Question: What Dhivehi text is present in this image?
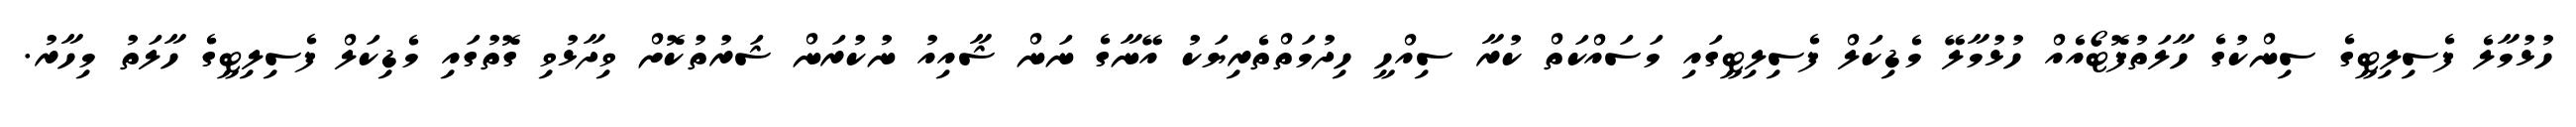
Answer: ހުޅުމާލެ ފެސިލިޓީގެ ސިންކުގެ ހާލަތުފޮޓޯއެއް ހުޅުމާލޭ މެޑިކަލް ފެސިލިޓީގައި މަސައްކަތް ކުރާ ސިއްހީ ހިދުމަތްތެރިޔަކު އޭނާގެ ނަން ޝާއިއު ނުކުރަން ޝަރުތުކޮށް ވިދާޅުވި ގޮތުގައި މެޑިކަލް ފެސިލިޓީގެ ހާލަތު މިހާރު.